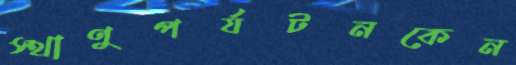
স্থাণুপর্যটনকেন